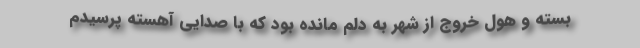
بسته و هول خروج از شهر به دلم مانده بود که با صدایی آهسته پرسیدم